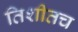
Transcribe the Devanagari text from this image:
तिशीतच